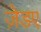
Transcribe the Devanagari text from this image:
ज़ेडए